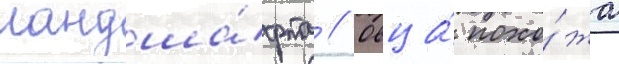
ландша́фта // Овца́ похо́жа